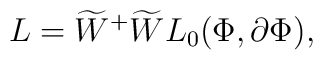
L={\widetilde{W}}^{+}\widetilde{W}L_{0}(\Phi,\partial\Phi),